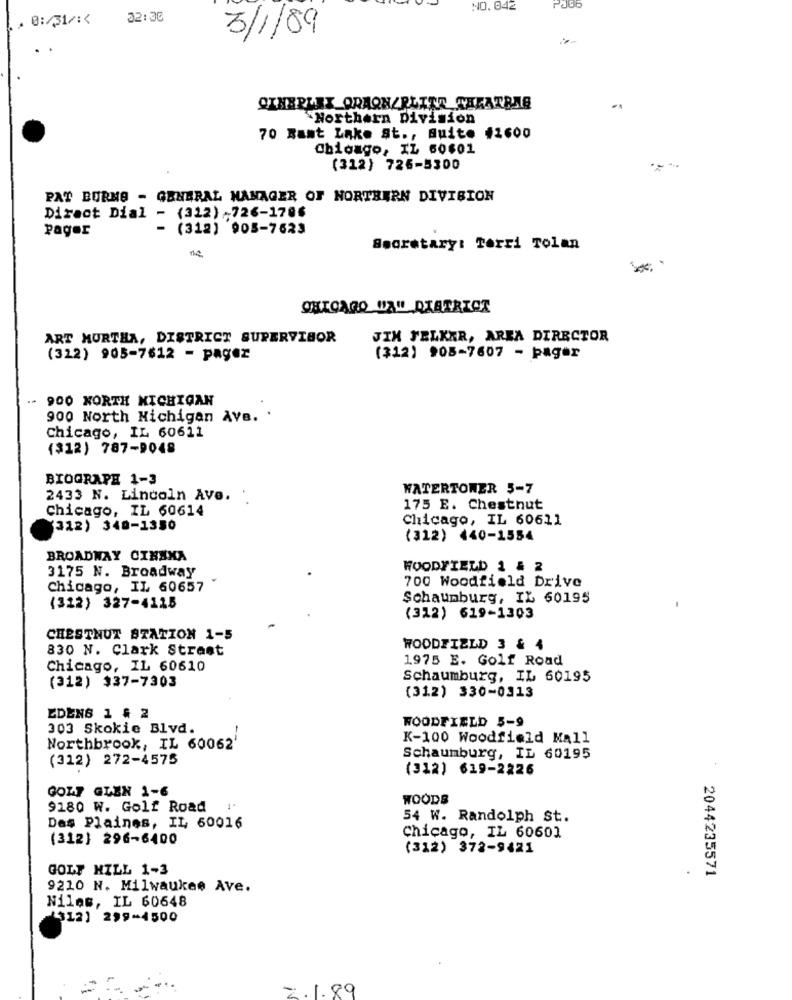
N10.042
0:/31/ :<
32:30
3/1/89
OTHERLEX ORAQN/RLITE THEATRAS
Northern Division
70 Ramt Lake St ., Buite #2600
Obioago, IL 60601
(312) 726-5300
PAT BURMA - GENERAL MANAGER OF NORTHERN DIVISION
Direct Dial - (312) -726-1706
Pager
(312) 905-7623
Secretary: Torri Tolan
CHICAGO "A" DIATRIOT
ART MURTHA, DISTRICT SUPERVISOR
JIM FELKER, AREA DIRECTOR
(322) 905-7612 - pagez
(312) 908-7607 - pager
.. 900 NORTH MICHIGAN
900 North Michigan Ave.
Chicago, IL 60611
(312) 787-9048
BIOGRAPH 1-3
WATERTOWER 5-7
2433 N. Lincoln Ave.
Chicago, IL 60614
175 E. Chestnut
Chicago, IL 60611
(312) 340-1350
(312) 440-1554
BROADWAY CINXXA
3175 N. Broadway
WOODFIELD 1 & 2
700 Woodfield Drive
Chicago, IL 60657
Schaumburg, IL 60195
(312) 327-4115
(312) 619-1303
CHESTNUT STATION 1-5
830 N. Clark Street
WOODFIELD 3 & 4
1975 E. Golf Road
Chicago, IL 60610
Schaumburg, IL 60195
(312) 337-7303
(312) 330-0313
EDENS 1 & 2
WOODFIELD 5-9
303 Skokie Blvd.
K-100 Woodfield Mall
Northbrook, IL 60062'
(312) 272-4575
Schaumburg, IL 60195
(312) 619-2226
GOZY GLEN 1-6
WOODS
9180 W. Golf Road
54 W. Randolph St.
Des Plaines, IL 60016
(312) 296-6400
Chicago, IL 60601
(312) 372-9421
GOLF HILL 1-3
2044235571
9210 N. Milwaukee Ave.
Niles, IL 60648
(312] 299-4500
2.1.89